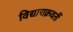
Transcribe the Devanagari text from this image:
विद्याचक्रवर्ती